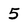
Character: 5